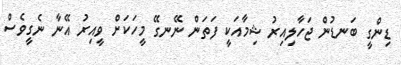
ޑިންގީ ބަނޑުން ޖަހާލިއިރު ޝިމާއަކީ ފަތަން ނޭނގޭ މީހަކަށް ވީއިރު އޭނާ ނެގީވެސް